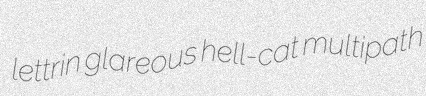
lettrin glareous hell-cat multipath